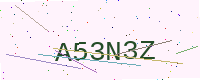
Text: A53N3Z